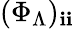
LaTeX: (\Phi_{\Lambda})_{\mathbf{i}\mathbf{i}}